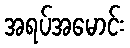
အရပ်အမောင်း